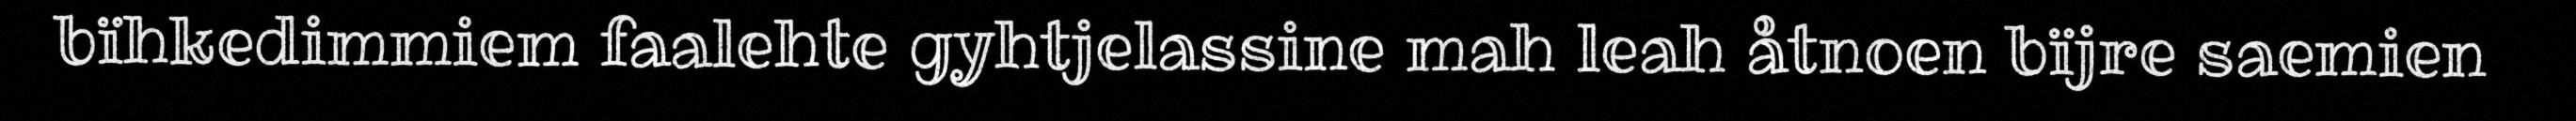
bïhkedimmiem faalehte gyhtjelassine mah leah åtnoen bïjre saemien